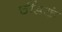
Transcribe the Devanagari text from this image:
चौंडकं